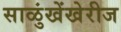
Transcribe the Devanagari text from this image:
साळुंखेंखेरीज